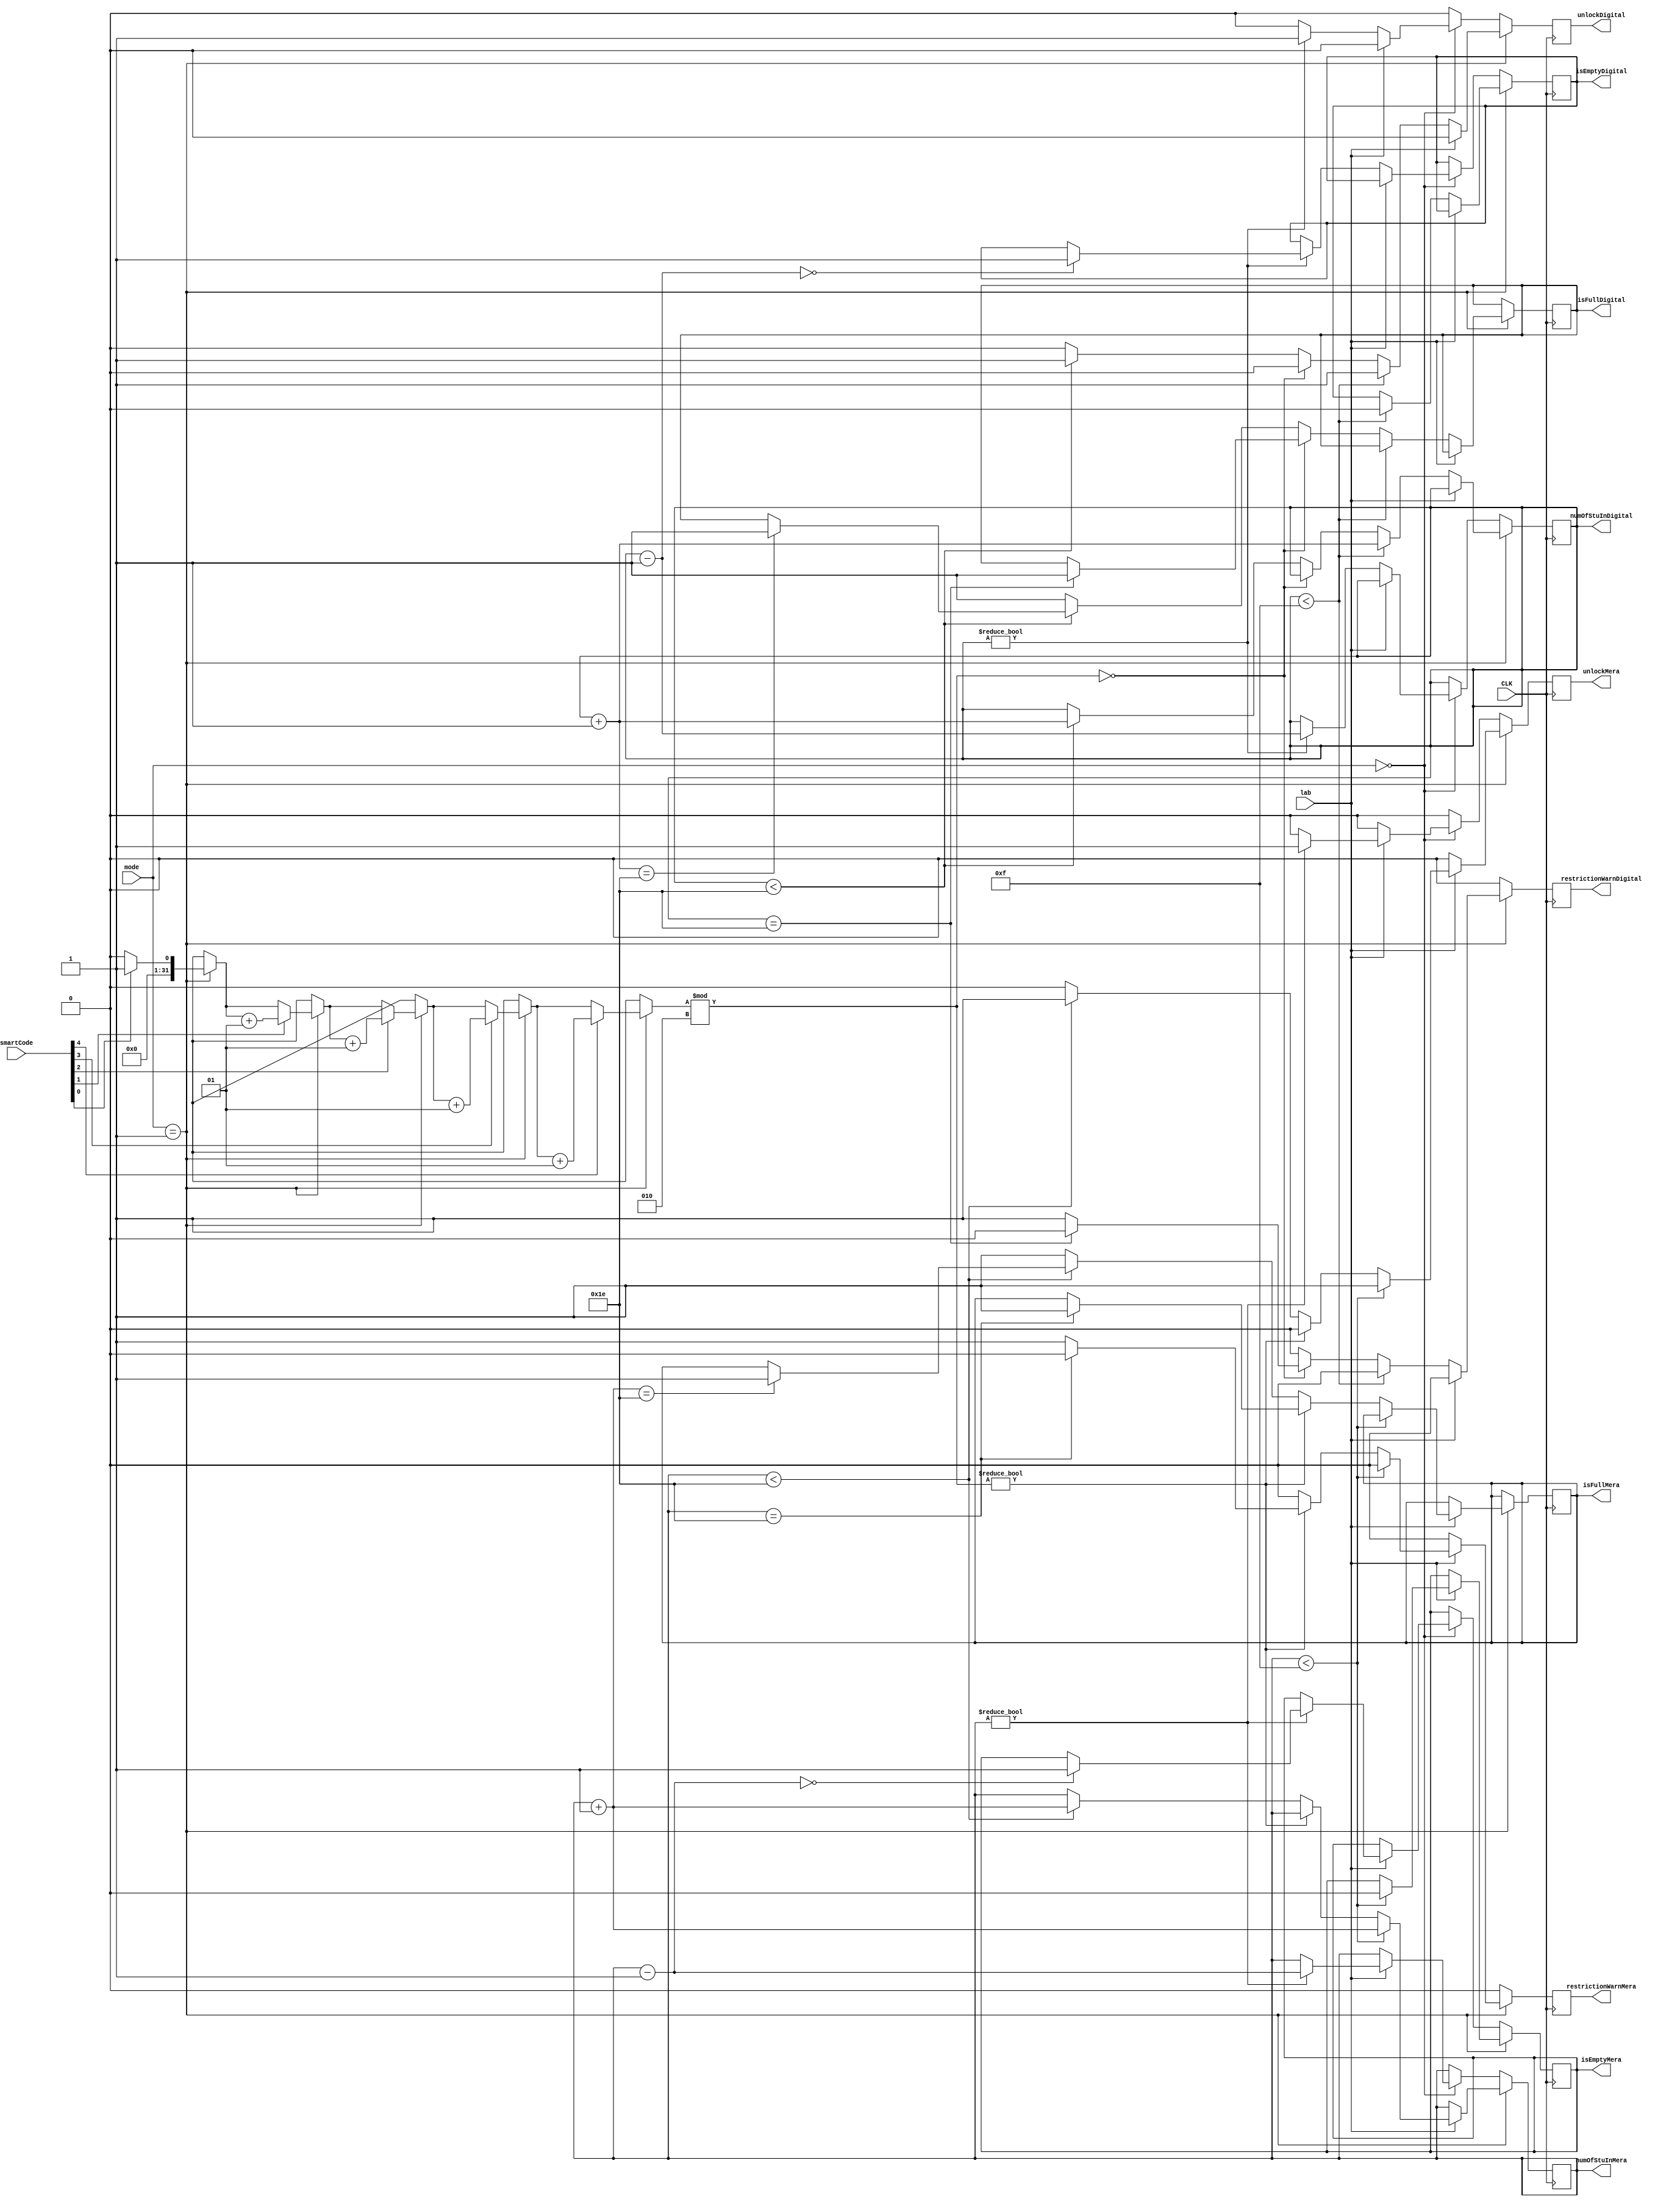
`timescale 1ns / 1ps 
module lab3_2(
			input[4:0] smartCode,
			input CLK, 
			input lab, //0:Digital, 1:Mera
			input [1:0] mode, //00:exit, 01:enter, 1x: idle 
			output reg [5:0] numOfStuInMera,
			output reg [5:0] numOfStuInDigital,
			output reg restrictionWarnMera,//1:show warning, 0:do not show warning
			output reg isFullMera, //1:full, 0:not full
			output reg isEmptyMera, //1: empty, 0:not empty
			output reg unlockMera,	//1:door is open, 0:closed
			output reg restrictionWarnDigital,//1:show warning, 0:do not show warning
			output reg isFullDigital, //1:full, 0:not full
			output reg isEmptyDigital, //1: empty, 0:not empty
			output reg unlockDigital //1:door is open, 0:closed
	);
	 
	// You may declare your variables below	
	
	integer i;
	integer ones;
	
	initial begin
			numOfStuInMera=0;
			numOfStuInDigital=0;
			restrictionWarnMera=0;
			isFullMera=0;
			isEmptyMera=1'b1;
			unlockMera=0;		
			restrictionWarnDigital=0;
			isFullDigital=0;
			isEmptyDigital=1'b1;
			unlockDigital=0;
	end
	//Modify the lines below to implement your design
	//always @(posedge CLK) 
	//...
	always @(posedge CLK)
	begin 
		unlockMera=0;
		unlockDigital=0;
		i=0;
		ones=0;
		restrictionWarnDigital=0;
		restrictionWarnMera=0;
		
		
		if(mode==2'b01) //entry mode
		begin
			for (i=0;i<5;i=i+1) begin //smartCode even or odd counter
				if (smartCode[i]==1'b1)
				begin
					ones=ones+1;
				end
			end
			
			if (lab==1'b0)// enter digital
			begin
				if (numOfStuInDigital<15) // student can enter without checking smartcode
				begin 
					unlockDigital=1;
					isEmptyDigital=0;
					numOfStuInDigital=numOfStuInDigital+1;
				end
				
				else //CHECK SMARTCODE
				begin
					if (ones %2==0) //cannot enter Digital
					begin
						if(numOfStuInDigital==30)
						begin
							isFullDigital=1;
						end
						else
						begin
							restrictionWarnDigital=1;
						end
					end
					
					else //student can enter to digital
					begin
						if (numOfStuInDigital<30) //has capacity
						begin
							unlockDigital=1;
							numOfStuInDigital=numOfStuInDigital+1;
							if (numOfStuInDigital==30) //capacity has full?
							begin
								isFullDigital=1;
							end
						end
						
						else //no capacity
						begin
							isFullDigital=1;
						end
					end
				end
			end
			
			else // enter mera
			begin 
				if (numOfStuInMera<15) //can enter Mera
				begin
					unlockMera=1;
					isEmptyMera=0;
					numOfStuInMera=numOfStuInMera+1;
				end
				
				else //check for smartcode
				begin
					if (ones%2!=0) //cannot enter Mera
					begin
						if(numOfStuInMera==30)
						begin
							isFullMera=1;
						end
						
						else // has capacity yet cannot enter
						begin
							restrictionWarnMera=1;
						end
					end
					
					else//can enter mera
					begin
						if(numOfStuInMera<30) //has capacity and can enter
						begin
							unlockMera=1;
							numOfStuInMera=numOfStuInMera+1;
							if (numOfStuInMera==30)
							begin
								isFullMera=1;
							end
						end
						
						else //hasno capacity
						begin
							isFullMera=1;
						end
					end
					
				end		
			end
		end
		
		else if (mode==2'b00) //exit mode
		begin
			if (lab ==0) //exit from Digital
			begin
				if (numOfStuInDigital!=0)
				begin
					unlockDigital=1; //door has opened 
					numOfStuInDigital=numOfStuInDigital-1;
					if (numOfStuInDigital==1'b0) //digital is empty now//
					begin
						isEmptyDigital=1'b1;
					end
				end
			end
			
			else //exit from Mera
			begin
				if (numOfStuInMera!=0)
				begin
					unlockMera=1'b1;
					numOfStuInMera=numOfStuInMera-1;
					if (numOfStuInMera==0)
					begin
						isEmptyMera=1'b1;
					end
				end
			end
		end
		
		else //idle mode
		begin
			restrictionWarnMera=0;
			restrictionWarnDigital=0;
			unlockMera=0;
			unlockDigital=0;
		end
	end
endmodule